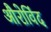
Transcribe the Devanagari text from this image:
औरोविंद